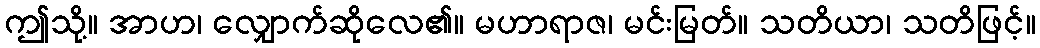
ဤသို့။ အာဟ၊ လျှောက်ဆိုလေ၏။ မဟာရာဇ၊ မင်းမြတ်။ သတိယာ၊ သတိဖြင့်။